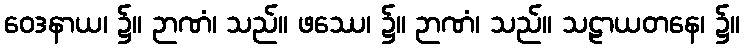
ဝေဒနာယ၊ ၌။ ဉာဏံ၊ သည်။ ဖဿေ၊ ၌။ ဉာဏံ၊ သည်။ သဠာယတနေ၊ ၌။